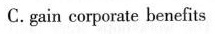
C.gain corporate benefits